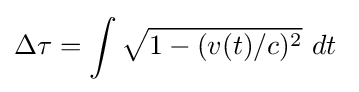
\Delta \tau =\int {\sqrt {1-(v(t)/c)^{2}}}\ dt\